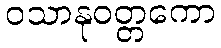
ဝသာနုဝတ္တကော